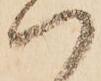
ハ